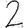
Digit: 2